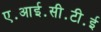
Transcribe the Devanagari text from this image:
ए॰आई॰सी॰टी॰ई